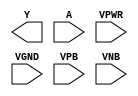
module sky130_fd_sc_ls__clkdlyinv5sd1 (
    Y   ,
    A   ,
    VPWR,
    VGND,
    VPB ,
    VNB
);

    output Y   ;
    input  A   ;
    input  VPWR;
    input  VGND;
    input  VPB ;
    input  VNB ;
endmodule